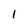
Character: 1